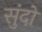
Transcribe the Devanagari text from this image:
सुंदो